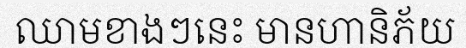
ឈាមខាងៗនេះ មានហានិភ័យ